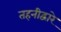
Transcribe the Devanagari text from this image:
तहनीद्वारे